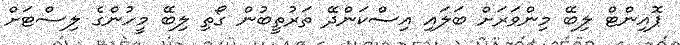
ޕޮއިންޓް ލިބޭ މިންވަރަށް ބަލައި އިސްކަންދޭ ތަރުތީބުން ގޯތި ލިބޭ މީހުންގެ ލިސްޓަށް